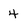
Character: 4